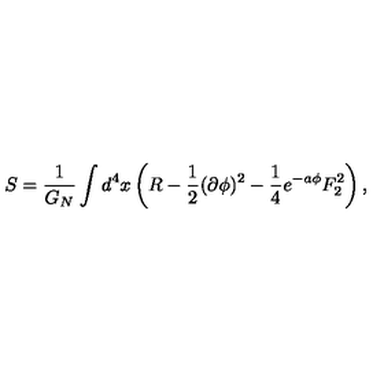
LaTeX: S = { \frac { 1 } { G _ { N } } } \int d ^ { 4 } x \left( R - { \frac { 1 } { 2 } } ( \partial \phi ) ^ { 2 } - { \frac { 1 } { 4 } } e ^ { - a \phi } F _ { 2 } ^ { 2 } \right) ,